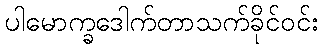
ပါမောက္ခဒေါက်တာသက်ခိုင်ဝင်း